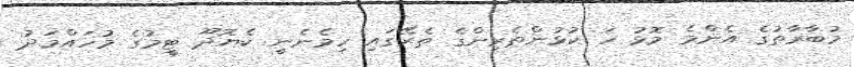
މުބާރާތުގެ އެންމެ މޮޅު ހަ ކުޅުންތެރިންގެ ތެރޭގައި ހިމެނެނީ ކެޔޮދޫ ޓީމުގެ މުހައްމަދު